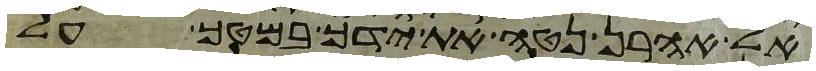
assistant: אל אהרן נטה את ידך במטך על